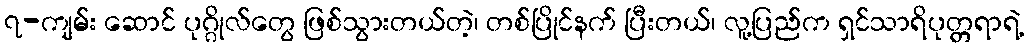
၇-ကျမ်း ဆောင် ပုဂ္ဂိုလ်တွေ ဖြစ်သွားတယ်တဲ့၊ တစ်ပြိုင်နက် ပြီးတယ်၊ လူ့ပြည်က ရှင်သာရိပုတ္တရာရဲ့